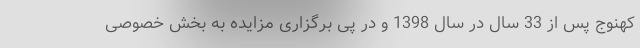
کهنوج پس از 33 سال در سال 1398 و در پی برگزاری مزایده به بخش خصوصی